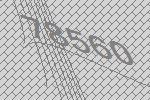
78560